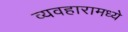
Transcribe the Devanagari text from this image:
व्यवहारामध्ये